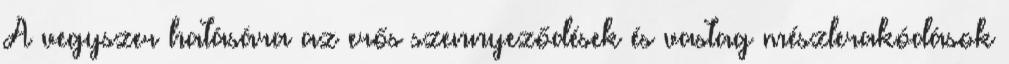
A vegyszer hatására az erős szennyeződések és vastag mészlerakódások